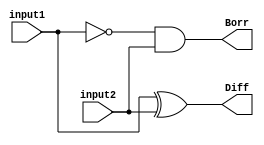
module halfsubtractor_dataflow(Diff, Borr, input1, input2);

  input input1, input2;
  output Diff, Borr;
  wire Ninput1;
  //Dataflow
  
  assign Diff =  input1 ^ input2;
  assign Borr = (~input1) & input2;

endmodule

module halfsubtractor_test;

  //inputs
  reg input1;
  reg input2;

  //outputs
  wire Diff;
  wire Borr;

  //instantiat unit under test
  halfsubtractor_dataflow ha ( .Diff(sum), .Borr(carry), .input1(input1), .input2(input2));

  initial begin

    {input1, input2} = 1'b0;
    #2 input1 = 1'b0 ; input2 = 1'b1;
    #2 input1 = 1'b1 ; input2 = 1'b0;
    #2 {input1, input2} = 1'b1;
  
  end

  initial begin
    $dumpfile("halfsubtractor_dataflow.vcd");
    $dumpvars(0, halfsubtractor_test);
    $monitor("time=%g, Diff=%b, Borr=%b, input1=%b, input1=%b", $time, Diff, Borr, input1, input2);
  end
  initial #10 $finish; 

endmodule